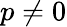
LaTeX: p\neq 0